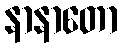
နာနာတော